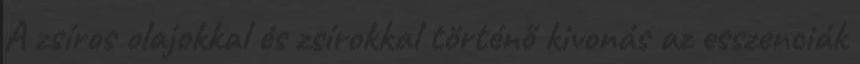
A zsíros olajokkal és zsírokkal történő kivonás az esszenciák